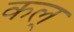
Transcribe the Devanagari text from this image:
कल्